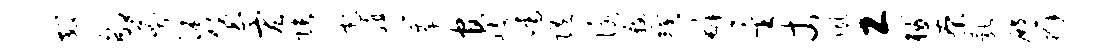
郊郇莽沐堡宏张它殖簟官岐嚅随咏鞍较罅星丈夙工械茶乳殿辫